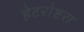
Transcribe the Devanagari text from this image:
हेटरोष्टरा